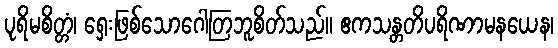
ပုရိမစိတ္တံ၊ ရှေးဖြစ်သောဂေါတြဘူစိတ်သည်။ ဧကသန္တတိပရိဏာမနယေန၊